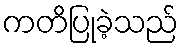
ကတိပြုခဲ့သည်